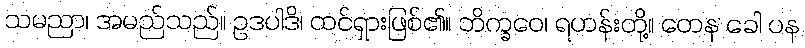
သမညာ၊ အမည်သည်။ ဥဒပါဒိ၊ ထင်ရှားဖြစ်၏။ ဘိက္ခဝေ၊ ရဟန်းတို့။ တေန ခေါ ပန